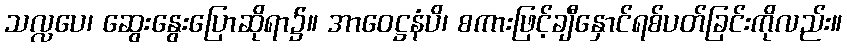
သလ္လပေ၊ ဆွေးနွေးပြောဆိုရာ၌။ အာဝေဋ္ဌနံပိ၊ စကားဖြင့်ချီနှောင်ရစ်ပတ်ခြင်းကိုလည်း။